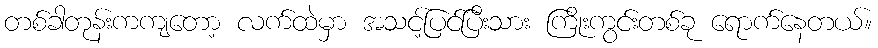
တစ်ခါတုန်းကကျတော့ လက်ထဲမှာ အသင့်ပြင်ပြီးသား ကြိုးကွင်းတစ်ခု ရောက်နေတယ်။